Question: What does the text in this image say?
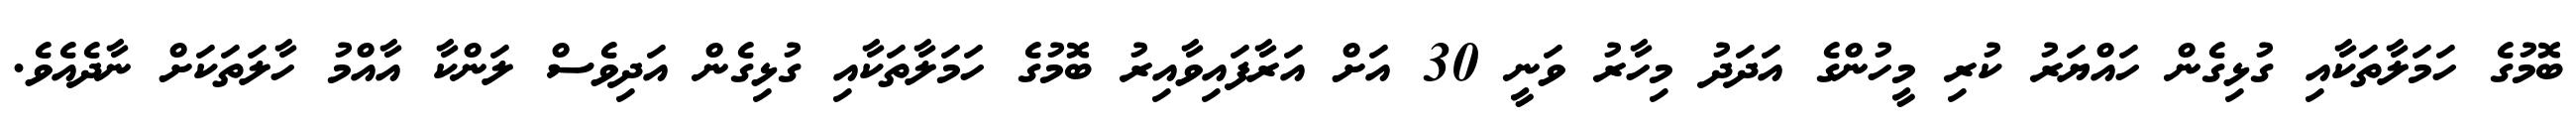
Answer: ބޮމުގެ ހަމަލާތަކާއި ގުޅިގެން ހައްޔަރު ކުރި މީހުންގެ އަދަދު މިހާރު ވަނީ 30 އަށް އަރާފައިވާއިރު ބޮމުގެ ހަމަލާތަކާއި ގުޅިގެން އަދިވެސް ލަންކާ އާއްމު ހާލަތަކަށް ނާދެއެވެ.